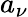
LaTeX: a_{\nu}